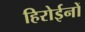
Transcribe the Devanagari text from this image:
हिरोईनों